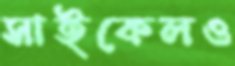
সাইকেলও